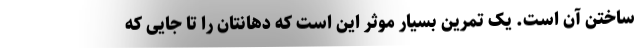
ساختن آن است. یک تمرین بسیار موثر این است که دهانتان را تا جایی که